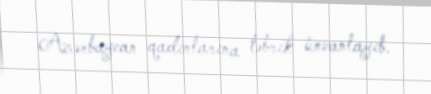
Azərbaycan qadınlarına təbrik ünvanlayıb.